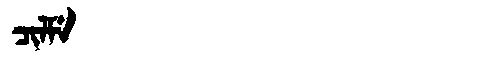
Manchu: ᠴᡳᠯᠮᡝ
Romanization: CILME